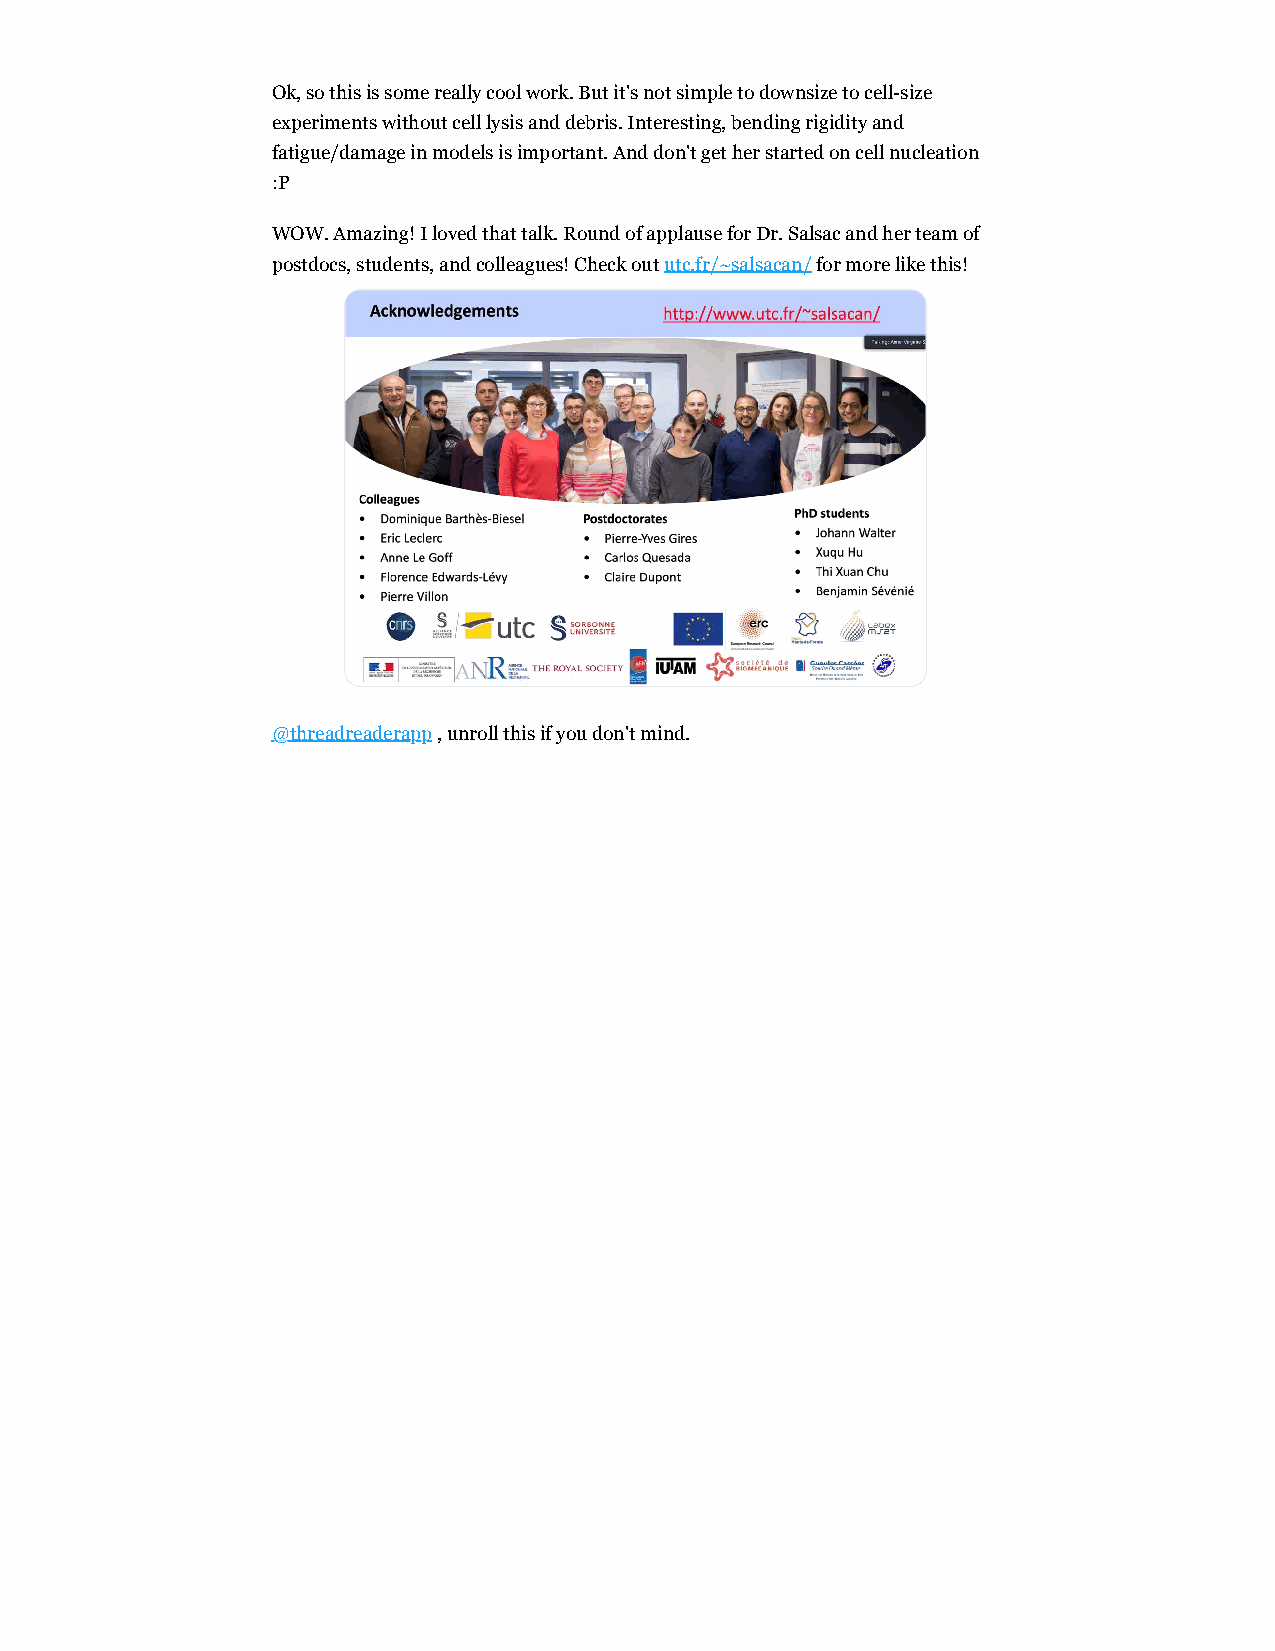
Ok, so this is some really cool work. But it's not simple to downsize to cell-size
 experiments without cell lysis and debris. Interesting, bending rigidity and
 fatigue/damage in models is important. And don't get her started on cell nucleation
 :P
 WOW. Amazing! I loved that talk. Round of applause for Dr. Salsac and her team of
 postdocs, students, and colleagues! Check out utc.fr/~salsacan/ for more like this!
 @threadreaderapp , unroll this if you don't mind.